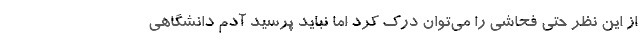
از این نظر حتی فحاشی را می‌توان درک کرد اما نباید پرسید آدم دانشگاهی